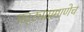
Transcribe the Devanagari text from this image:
पट्ट्याप्रमाणेच